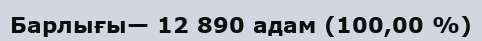
Барлығы— 12 890 адам (100,00 %)